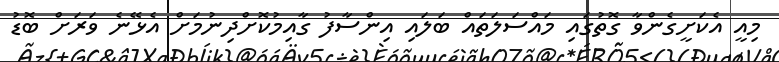
މިއީ އެކަށީގެންވާ ގޮތުގައި މައްސަލަތައް ބަލައި އިންސާފު ގާއިމުކޮށްދިނުމަށް އެޅޭނެ ވަރަށް ބޮޑު